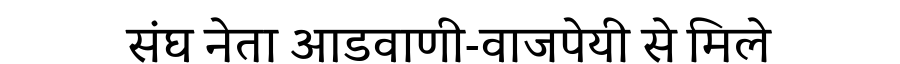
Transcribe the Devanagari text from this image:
संघ नेता आडवाणी-वाजपेयी से मिले